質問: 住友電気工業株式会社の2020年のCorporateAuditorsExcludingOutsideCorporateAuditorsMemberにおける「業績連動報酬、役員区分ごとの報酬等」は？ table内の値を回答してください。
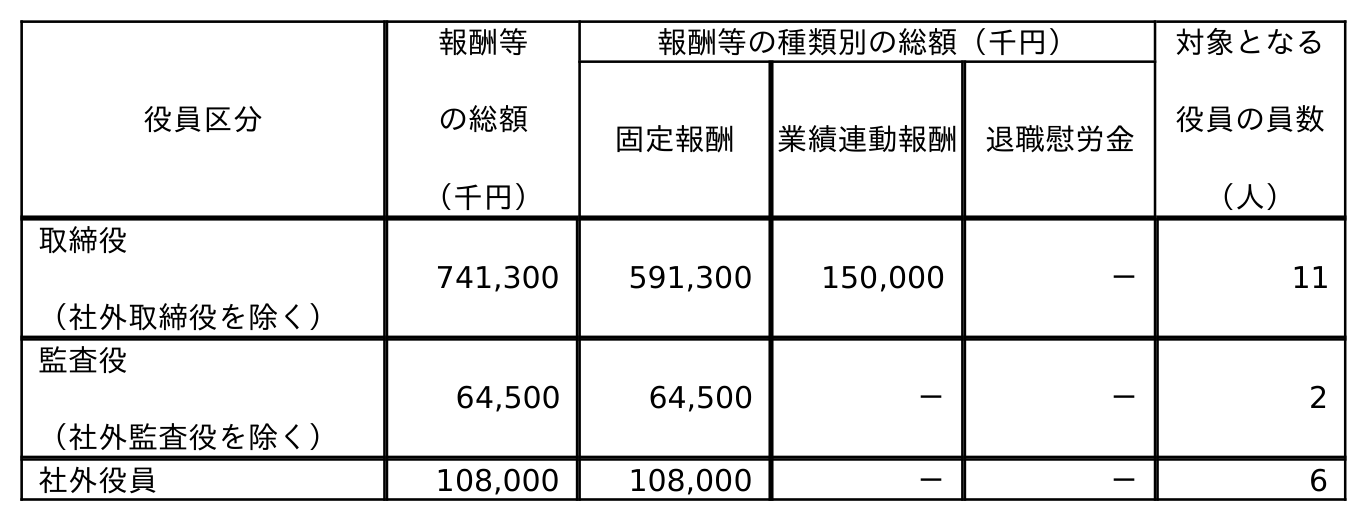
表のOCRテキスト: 役員区分 報酬等 の総額 （千円） 報酬等の種類別の総額（千円） 対象となる 役員の員数 （人） 固定報酬 業績連動報酬 退職慰労金 取締役 （社外取締役を除く） 741,300 591,300 150,000 － 11 監査役 （社外監査役を除く） 64,500 64,500 － － 2 社外役員 108,000 108,000 － － 6
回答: －